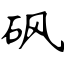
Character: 砜